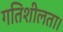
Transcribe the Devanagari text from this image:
गतिशीलता।